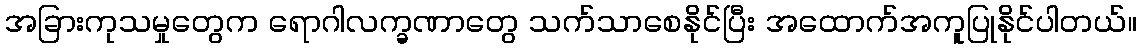
အခြားကုသမှုတွေက ရောဂါလက္ခဏာတွေ သက်သာစေနိုင်ပြီး အထောက်အကူပြုနိုင်ပါတယ်။